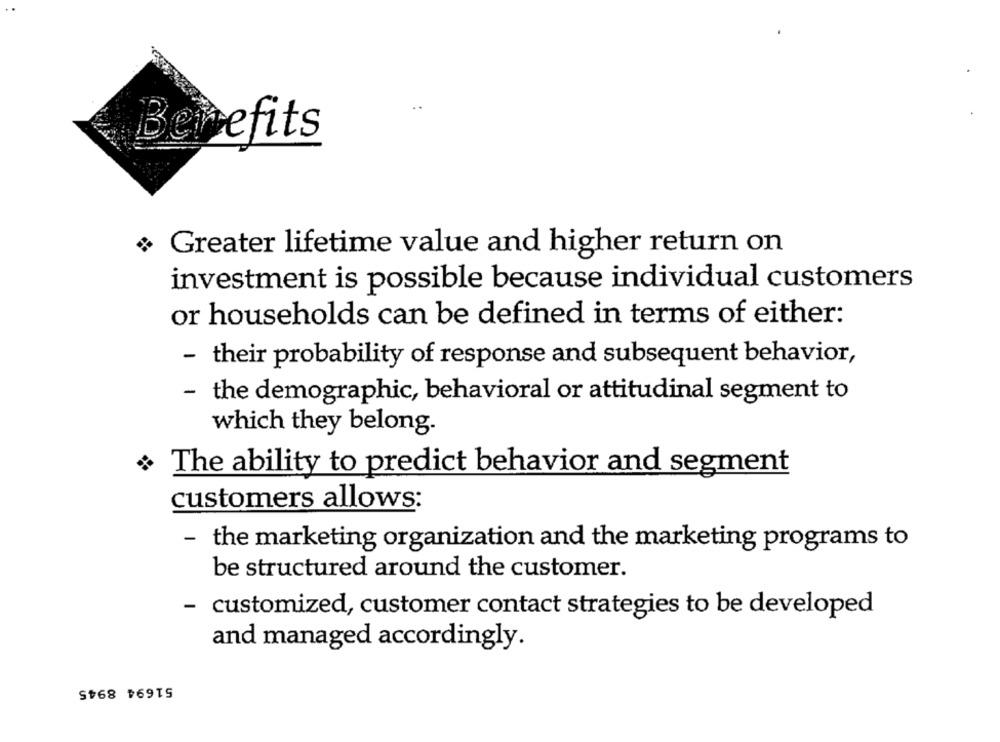
Benefits
Greater lifetime value and higher return on
investment is possible because individual customers
or households can be defined in terms of either:
- their probability of response and subsequent behavior,
- the demographic, behavioral or attitudinal segment to
which they belong.
The ability to predict behavior and segment
customers allows:
- the marketing organization and the marketing programs to
be structured around the customer.
- customized, customer contact strategies to be developed
and managed accordingly.
51694 8945